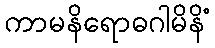
ကာမနိရောဓဂါမိနိံ